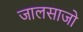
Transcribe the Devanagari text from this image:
जालसाजो